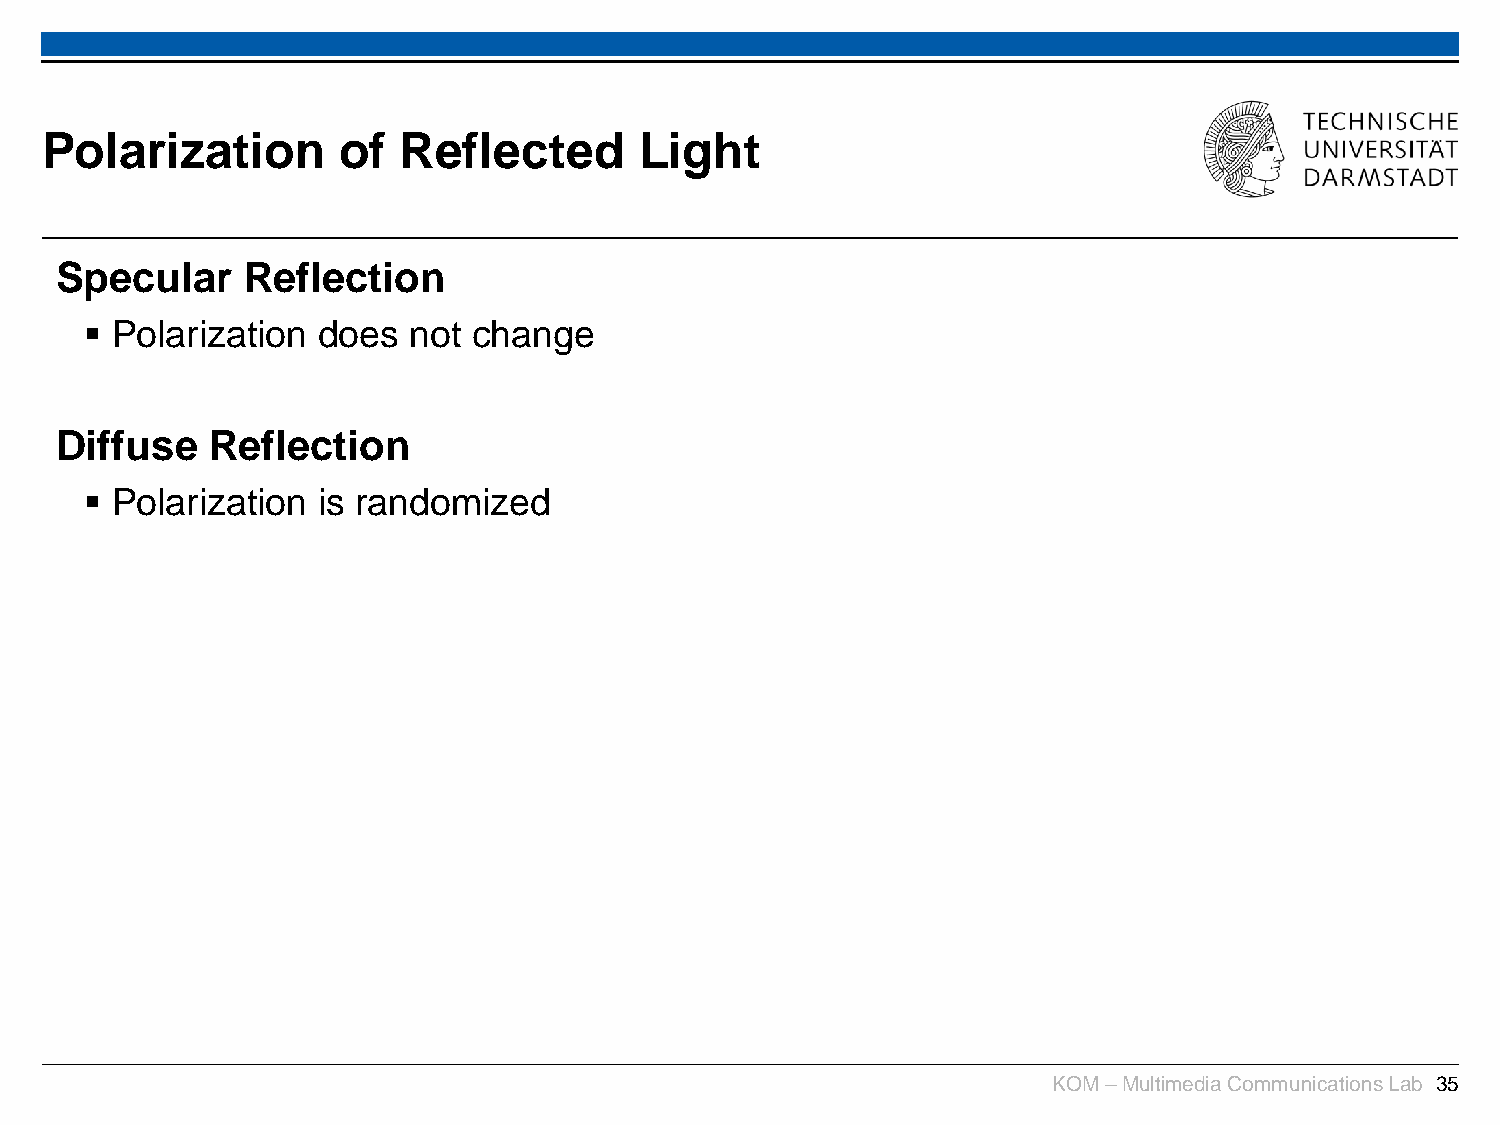
Polarization       of  Reflected       Light
 Specular    Reflection
  Polarization does  not change
 Diffuse   Reflection
  Polarization is randomized
 KOM –Multimedia Communications Lab 35